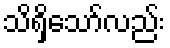
သိရှိသော်လည်း